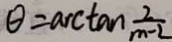
\theta = a c \tan \frac { 2 } { m - 2 }